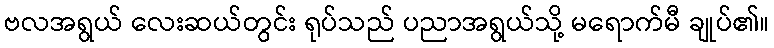
ဗလအရွယ် လေးဆယ်တွင်း ရုပ်သည် ပညာအရွယ်သို့ မရောက်မီ ချုပ်၏။